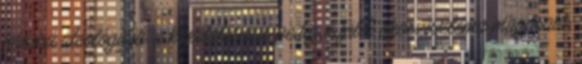
háború ideológiája, a kapitalizmus pedig a földi ökoszisztéma magasabb